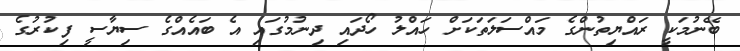
ބޭނުމަކީ ރައްޔިތުންގެ މައްސަލަތަކަށް ހައްލު ހޯދައި ދިނުމުގައި އެ ބައެއްގެ ސިޔާސީ ފިކުރުގެ